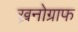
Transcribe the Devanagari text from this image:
ख्रनोग्राफ